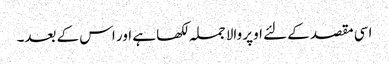
اسی مقصد کے لئے اوپر والا جملہ لکھا ہے اور اس کے بعد۔